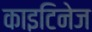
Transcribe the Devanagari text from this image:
काइटिनेज